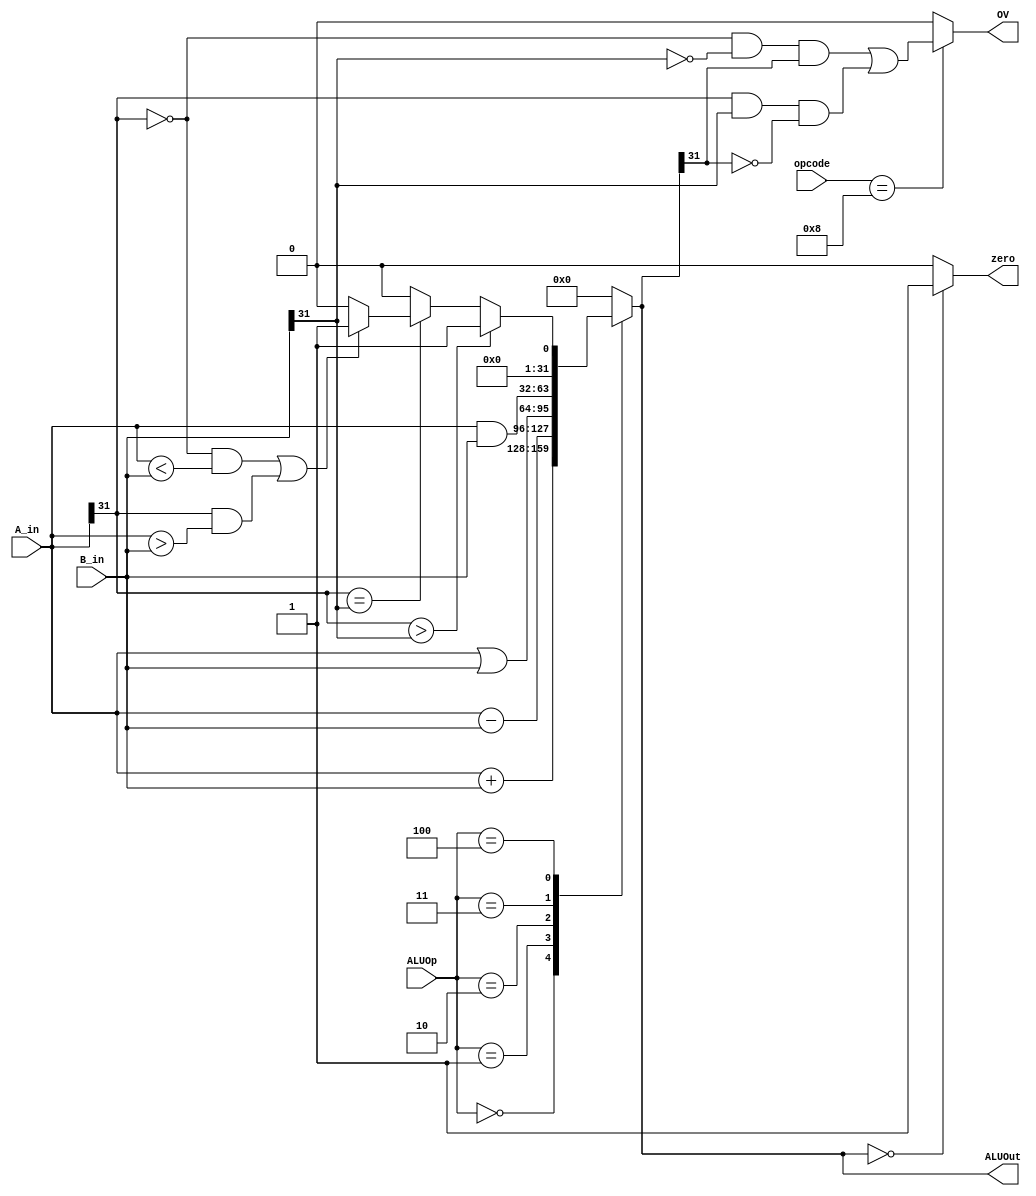
module ALU( A_in,B_in,ALUOp,zero,OV,ALUOut,opcode);
  	input [31:0]A_in,B_in;
 	input [2:0]ALUOp;
 	input [5:0]opcode;
  	output [31:0]ALUOut;
  	output zero,OV;
	reg [31:0] ALUOut;

  	assign zero = (ALUOut==0)? 1:0;
  	assign OV = (opcode == 6'b001000)?((A_in[31]==0&&B_in[31]==0&&ALUOut[31]==1) || (A_in[31]==1&&B_in[31]==1&&ALUOut[31]==0)):0; // overflow
	always@( ALUOp or A_in or B_in )
	begin
		case(ALUOp)
			3'b000: ALUOut = A_in + B_in;
			3'b001: ALUOut = A_in - B_in;
			3'b010: ALUOut = A_in | B_in;
			3'b011: ALUOut = A_in & B_in;
			3'b100: begin
            if (A_in[31]> B_in[31])
                ALUOut = 1;
            else
              	begin
                if(A_in[31] == B_in[31])
                 	begin
                    if(((A_in[31] == 0) && ( A_in < B_in )) ||(( A_in[31]==1) && (A_in > B_in)))
                      	ALUOut = 1;
                    else
                      	ALUOut = 0;
                  	end
                else
                  ALUOut = 0;
              	end
            end
          	default: ALUOut = 0;			
		endcase		
	end
	
endmodule